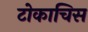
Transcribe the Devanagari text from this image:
टोकाचिस